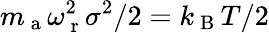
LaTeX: m_{\mathrm{~a~}}\omega_{\mathrm{~r~}}^{2}\sigma^{2}/2=k_{\mathrm{~B~}}T/2